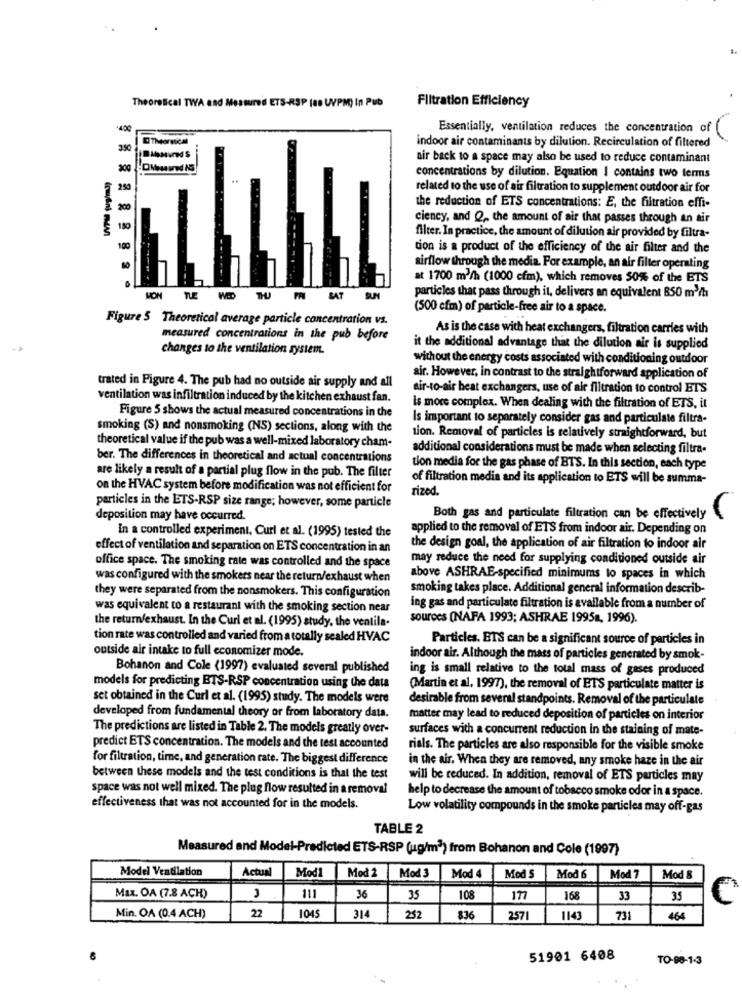
Theoretical TWA and Measure'd ETS-RSP (88 UVPM) In Pub
Filtration Efficiency
Essentially, ventilation reduces the concentration of
350
indoor air contaminants by dilution. Recirculation of filtered
air back to a space may also be used to reduce contaminant
concentrations by dilution. Equation I contains two terms
250
related to the use of air filtration to supplement outdoor air for
the reduction of ETS concentrations: E, the filtration effi-
20
ciency, and Q ,, the amount of air that passes through an air
150
filter. In practice, the amount of dilution air provided by filtra-
100
tion is a product of the efficiency of the air filter and the
80
airflow through the media. For example, an air filter operating
at 1700 m2/h (1000 cfm), which removes 50% of the ETS
MON
TUE
MED
SAT
particles that pass through it, delivers an equivalent 850 m3/h
(500 cfm) of particle-free air to a space.
Figure 5 Theoretical average particle concentration vs.
As is the case with heat exchangers, filtration carries with
measured concentrations in the pub before
changes to the ventilation system.
it the additional advantage that the dilution air is supplied
without the energy costs associated with conditioning outdoor
air. However, in contrast to the straightforward application of
trated in Figure 4. The pub had no outside air supply and all
air-to-air heat exchangers, use of air filtration to control ETS
ventilation was infiltration induced by the kitchen exhaust fan.
Is more complex. When dealing with the filtration of ETS, it
Figure 5 shows the actual measured concentrations in the
Is important to separately consider gas and particulate filtra-
smoking (S) and nonsmoking (NS) sections, along with the
Lion. Removal of particles is relatively straightforward, but
theoretical value if the pub was a well-mixed laboratory cham-
additional considerations must be made when selecting filtra-
ber. The differences in theoretical and actual concentrations
are likely a result of a partial plug flow in the pub. The filter
tion media for the gas phase of BTS. In this section, each type
of filtration media and its application to ETS will be summa-
on the HVAC system before modification was not efficient for
rized.
particles in the ETS-RSP size range; however, some particle
deposition may have occurred.
Both gas and particulate filtration can be effectively
In a controlled experiment, Curl et al. (1995) tested the
applied to the removal of ETS from indoor air. Depending on
effect of ventilation and separation on ETS concentration in an
the design goal, the application of air filtration to indoor air
office space. The smoking rate was controlled and the space
may reduce the need for supplying conditioned outside air
was configured with the smokers near the return/exhaust when
above ASHRAE-specified minimums to spaces in which
they were separated from the nonsmokers. This configuration
smoking takes place. Additional general information describ-
was equivalent to a restaurant with the smoking section near
ing gas and particulate filtration is available from a number of
the return/exhaust. In the Curl et al. (1995) study, the ventila-
sources (NAPA 1993; ASHRAE 1995a, 1996).
tion rate was controlled and varied from a totally sealed HVAC
Particles. ETS can be a significant source of particles in
outside air intake to full economizer mode.
indoor air. Although the mass of particles generated by smok-
Bohanon and Cole (1997) evaluated several published
ing is small relative to the total mass of gases produced
models for predicting BTS-RSP concentration using the data
(Martin et al. 1997), the removal of ETS particulate matter is
set obtained in the Curl et al. (1995) study. The models were
desirable from several standpoints. Removal of the particulate
developed from fundamental theory or from laboratory data.
matter may lead to reduced deposition of particles on interior
The predictions are listed in Table 2. The models greatly over-
surfaces with a concurrent reduction in the staining of mate-
predict ETS concentration. The models and the test accounted
rials. The particles are also responsible for the visible smoke
for filtration, time, and generation rate. The biggest difference
in the air. When they are removed, any smoke haze in the air
between these models and the test conditions is that the test
will be reduced. In addition, removal of ETS particles may
space was not well mixed. The plug flow resulted in a removal
help to decrease the amount of tobacco smoke odor in a space.
effectiveness that was not accounted for in the models.
Low volatility compounds in the smoke particles may off-gas
TABLE 2
Measured and Model-Predicted ETS-RSP (ug/m3) from Bohanon and Cole (1997)
Model Ventilation
Actual
Mod1
Mod 2
Mod 3
Mod 4
Mod S
Mod 6
Mod 7
Mod 8
Max. OA (7.8 ACH)
111
36
35
108
168
33
35
C
Min. OA (0.4 ACH)
22
104
314
252
836
257
114
731
464
51901 6408
TO-88-1-3